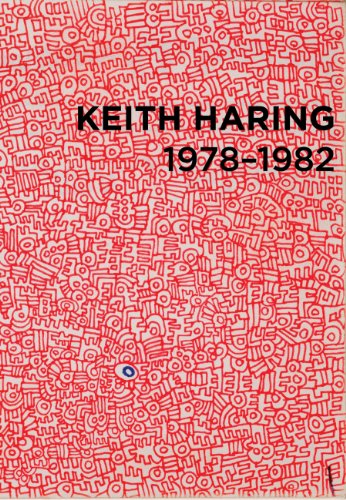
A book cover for Keith Haring: 1978-1982; Pedro Alonzo; Arts & Photography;